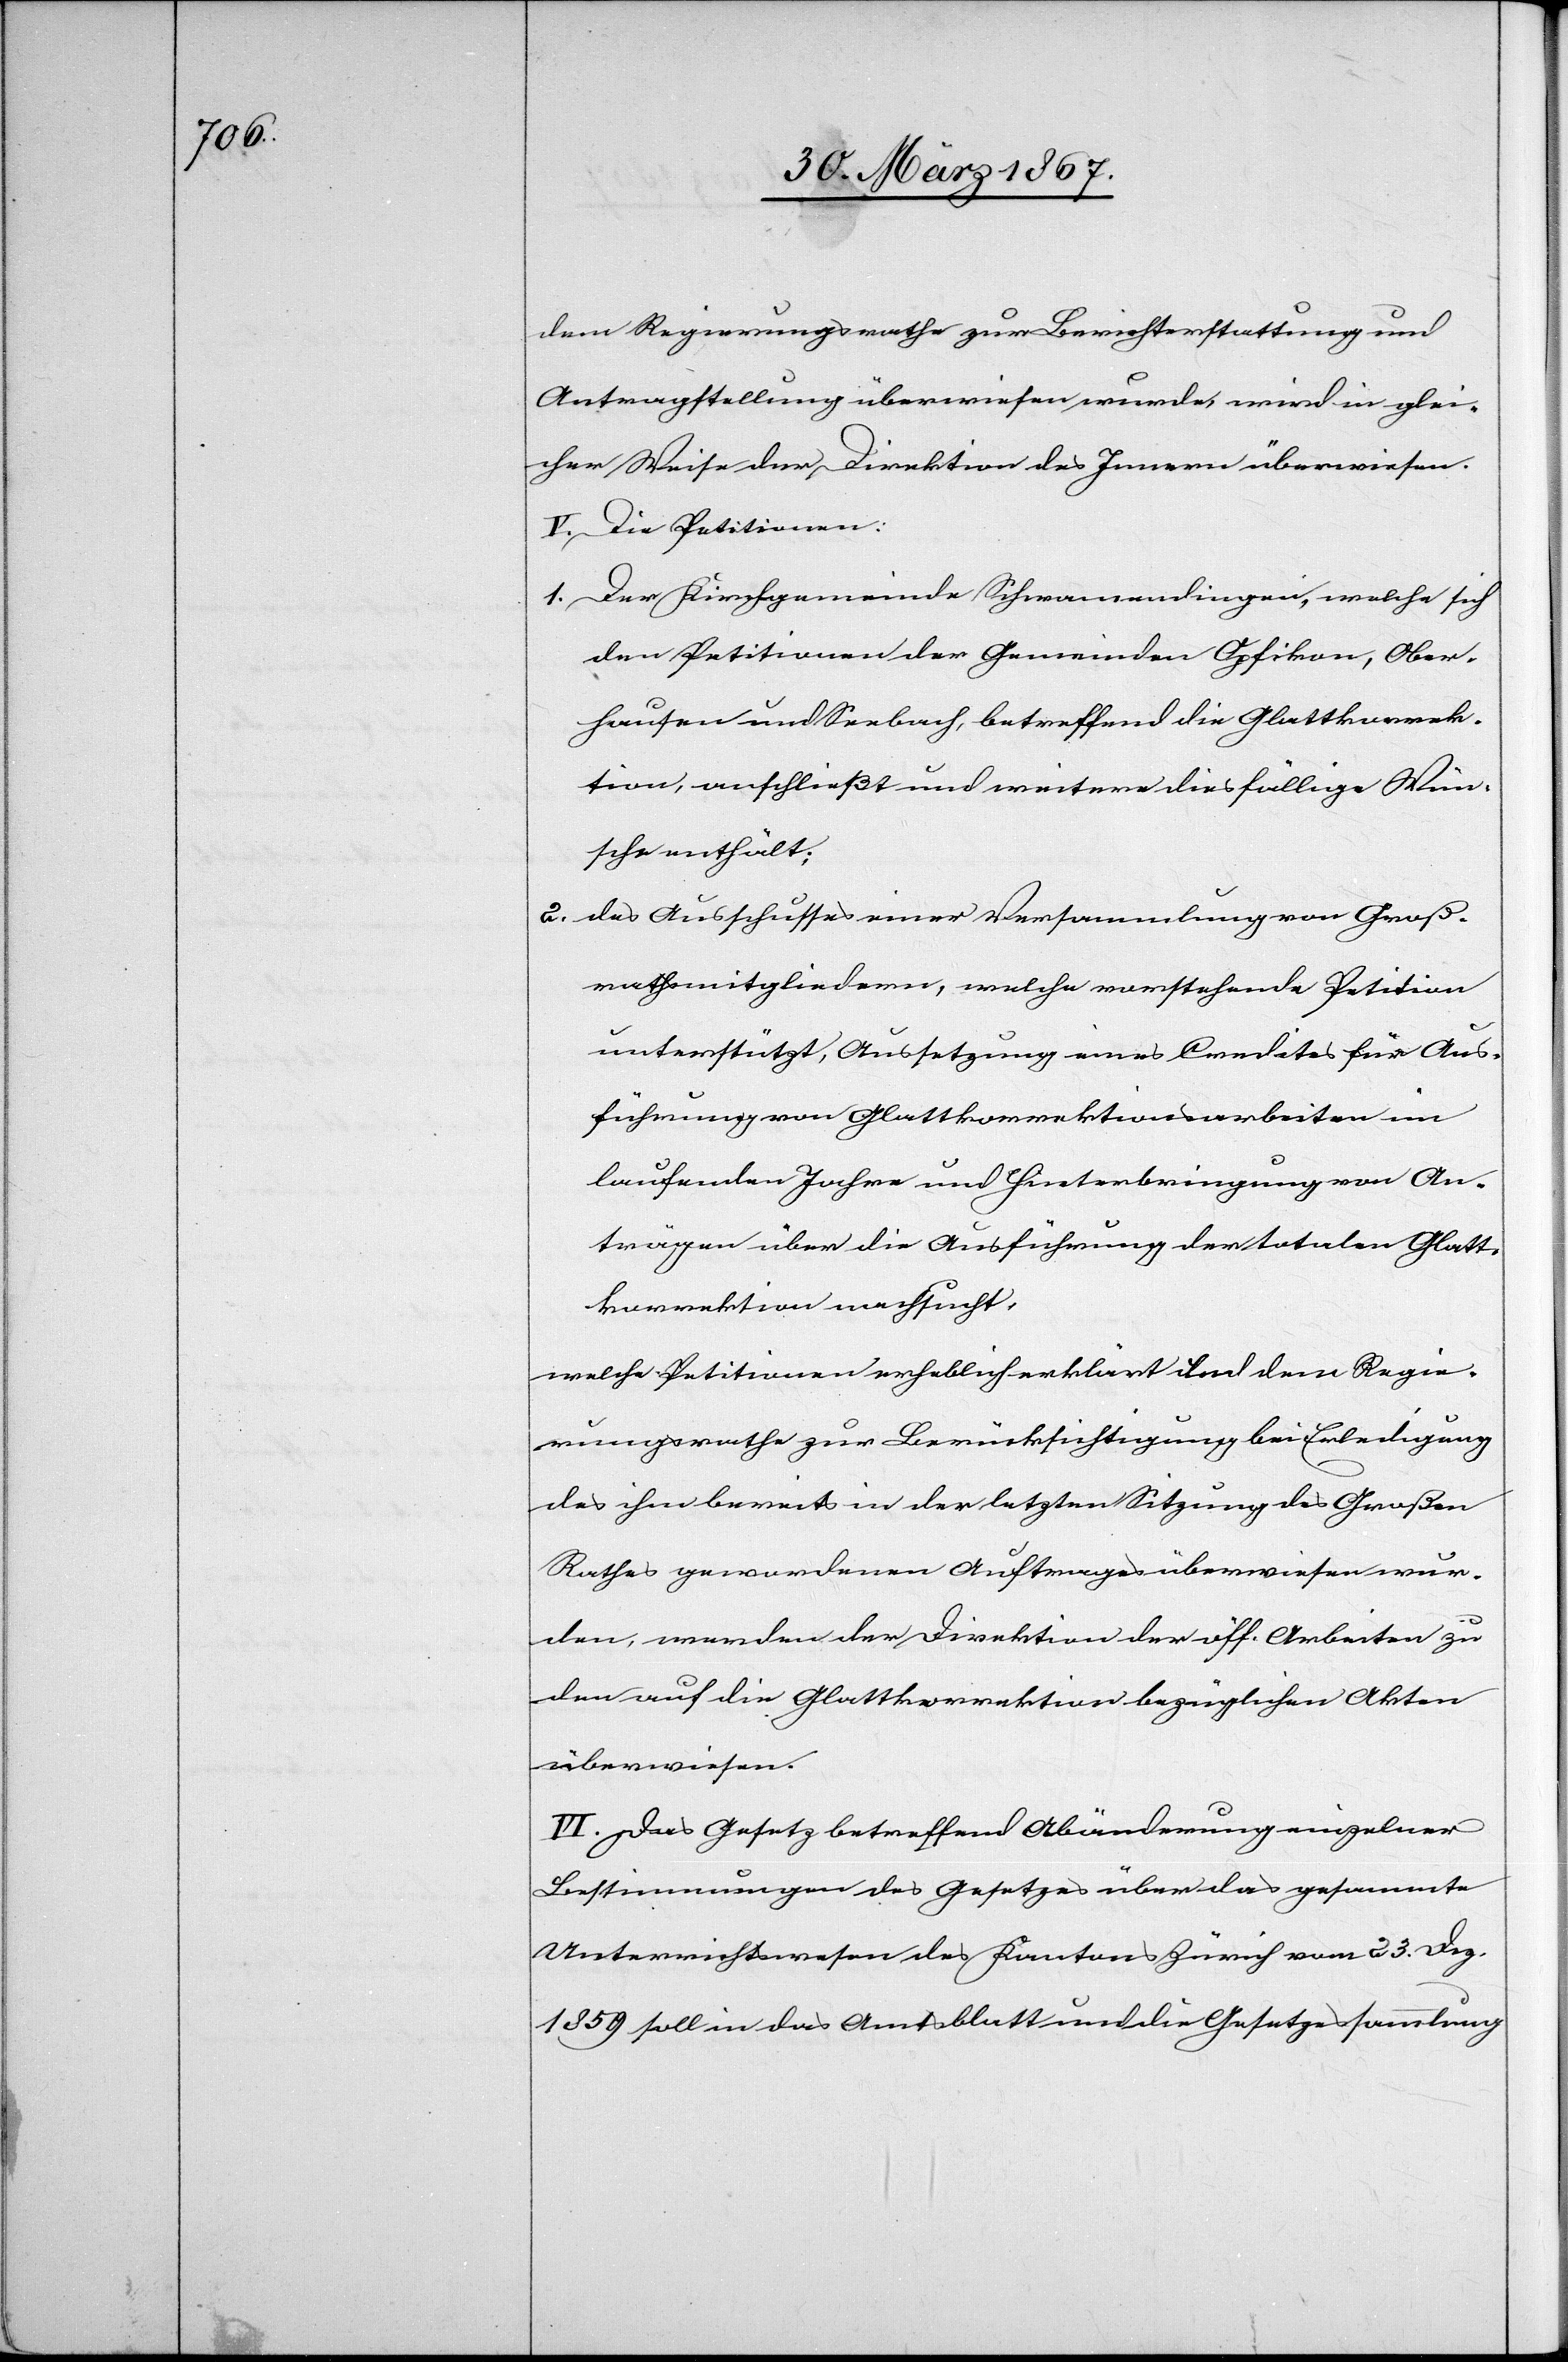
dem Regierungsrathe zur Berichterstattung und
Antragstellung überwiesen wurde, wird in glei¬
cher Weise der Direktion des Innern überwiesen.
V. Die Petitionen:
1.	Der Kirchgemeinde Schwamendingen, welche sich
den Petitionen der Gemeinde Opfikon, Ober¬
hausen und Seebach, betreffend die Glattkorrek¬
tion, anschließt und weitere diesfällige Wün¬
sche enthält;
2.	des Ausschusses einer Versammlung von Groß¬
rathsmitgliedern, welche vorstehende Petition
unterstützt, Aussetzung eines Credites für Aus¬
führung von Glattkorrektionsarbeiten im
laufenden Jahre und Hinterbringung von An¬
trägen über die Ausführung der totalen Glatt¬
korrektion nachsucht.
welche Petitionen erheblich erklärt und dem Regie¬
rungsrathe zur Berücksichtigung bei Erledigung
des ihm bereits in der letzten Sitzung des Großen
Rathes gewordenen Auftrages überwiesen wur¬
den, werden der Direktion der öff. Arbeiten zu
den auf die Glattkorrektion bezüglichen Akten
überwiesen.
VI. Das Gesetz betreffend Abänderung einzelner
Bestimmungen des Gesetzes über das gesammte
Unterrichtswesen des Kantons Zürich vom 23 Dez.
1859 soll in das Amtsblatt und die Gesetzessammlung